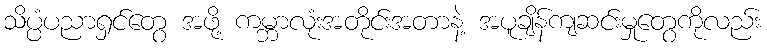
သိပ္ပံပညာရှင်တွေ အဖို့ ကမ္ဘာလုံးအတိုင်းအတာနဲ့ အပူချိန်ကျဆင်းမှုတွေကိုလည်း